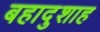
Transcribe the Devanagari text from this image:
बहादुशाह